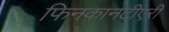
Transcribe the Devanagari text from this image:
फिनकानटीएरी